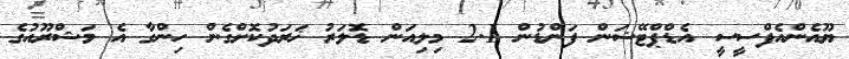
ޔޫއެންއެފްސީސީ އެޑްޕްޓޭޝަން ފަންޑުން 2.1 މިލިއަން ޑޮލަރު ޚަރަދުކޮށްގެން ހިންގާ އެ މަޝްރޫއުގެ